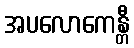
အပလောကေန္တီ